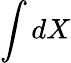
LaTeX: \int dX